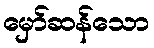
မှော်ဆန်သော